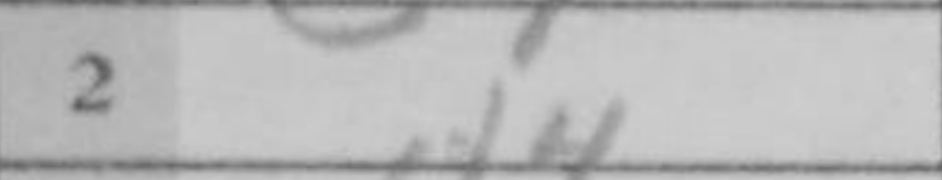
Transcription: d4